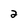
Character: 2